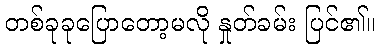
တစ်ခုခုပြောတော့မလို နှုတ်ခမ်း ပြင်၏။